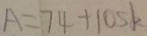
A = 7 4 + 1 0 5 k